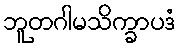
ဘူတဂါမသိက္ခာပဒံ